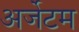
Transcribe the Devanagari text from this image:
अर्जेटम